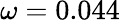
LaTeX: \omega=0.044